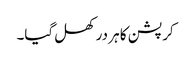
کرپشن کا ہر در کھل گیا۔